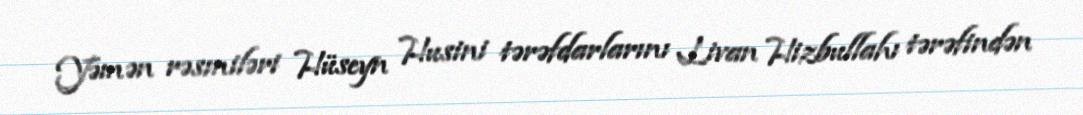
Yəmən rəsmiləri Hüseyn Husini tərəfdarlarını Livan Hizbullahı tərəfindən